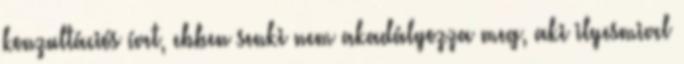
konzultációs ívet, ebben senki nem akadályozza meg, aki ilyesmivel